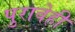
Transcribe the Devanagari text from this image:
पुरावेही